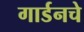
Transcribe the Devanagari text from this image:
गार्डनचे